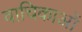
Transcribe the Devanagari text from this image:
वाचिकाओं